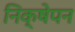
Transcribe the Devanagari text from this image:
निक्षेपन